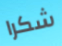
شكرا